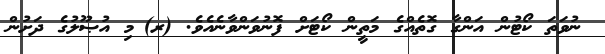
ނުވަތަ ކޯޓުން އަންގާ ގޮތެއްގެ މަތީން ކޯޓަށް ފޮނުވަންވާނެއެވެ. (ރ)	މި އުޞޫލުގެ ދަށުން